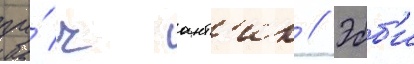
пу́ч ант'ик // Эбб'и